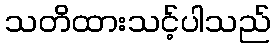
သတိထားသင့်ပါသည်